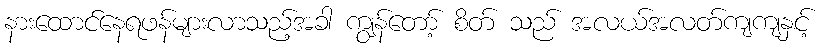
နားထောင်နေရဖန်များလာသည့်အခါ ကျွန်တော့် စိတ် သည် အလယ်အလတ်ကျကျနှင့်